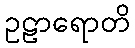
ဥဠာရောတိ